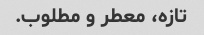
تازه، معطر و مطلوب.